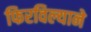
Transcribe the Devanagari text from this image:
फिरविल्याने